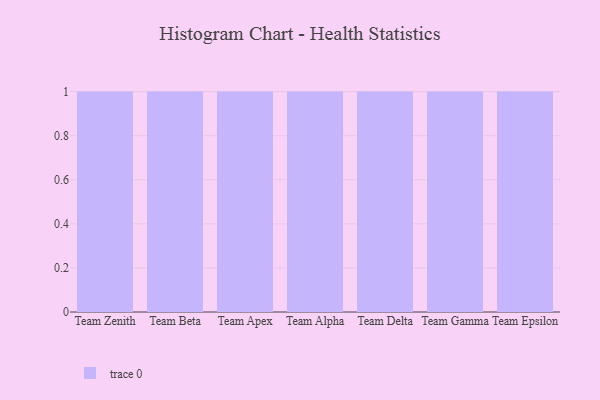
{"axis": {"x": "Team", "y": "Tickets Resolved"}, "legend": [""], "data": [{"x": "Team Zenith", "y": 74, "type": ""}, {"x": "Team Beta", "y": 29, "type": ""}, {"x": "Team Apex", "y": 62, "type": ""}, {"x": "Team Alpha", "y": 22, "type": ""}, {"x": "Team Delta", "y": 20, "type": ""}, {"x": "Team Gamma", "y": 2, "type": ""}, {"x": "Team Epsilon", "y": 76, "type": ""}]}